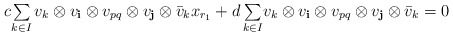
\begin{align*} c\mbox{$\sum\limits_{k\in I} v_k\otimes v_{\mathbf i} \otimes v_{pq}\otimes v_{\mathbf j}\otimes \bar v_k x_{r_1}+d \sum\limits_{k\in I}$} v_k\otimes v_{\mathbf i} \otimes v_{pq}\otimes v_{\mathbf j}\otimes \bar v_k=0\end{align*}